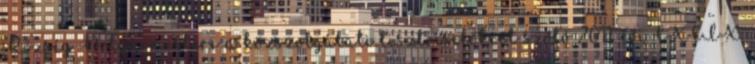
Község Polgármestere a közszolgálati tisztviselőkről szóló 2011. évi CXCIX.